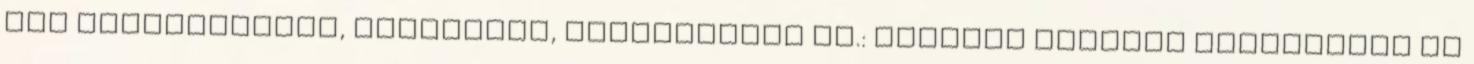
nem megfelelőség, megelőzés, helyesbítés pl.: képzési program módosítása az